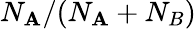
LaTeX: N_{\mathbf{A}}/(N_{\mathbf{A}}+N_{B})